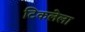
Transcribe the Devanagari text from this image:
टिकलेला